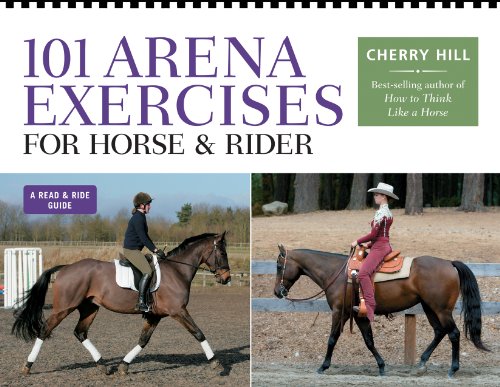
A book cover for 101 Arena Exercises for Horse & Rider; Cherry Hill; Crafts, Hobbies & Home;